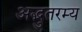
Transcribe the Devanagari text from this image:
अद्भुतरम्य